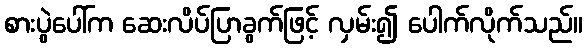
စားပွဲပေါ်က ဆေးလိပ်ပြာခွက်ဖြင့် လှမ်း၍ ပေါက်လိုက်သည်။